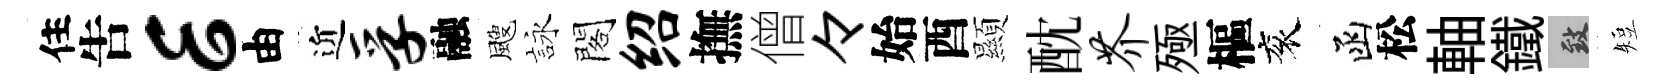
住吿E由近孚融颼詠閣绍撫僧々始酉顯酖芥殛樞衮函松軸鐵致短